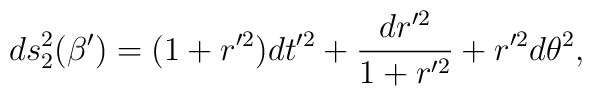
ds_2^2(\beta') = (1 + r'^2) dt'^2 + \frac{dr'^2}{1 + r'^2} + r'^2d\theta^2 ,